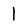
Character: 1